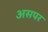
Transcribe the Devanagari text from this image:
असपर